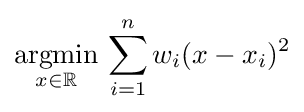
{\underset {x\in \mathbb {R} }{\operatorname {argmin} }}\,\sum _{i=1}^{n}w_{i}(x-x_{i})^{2}